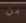
من